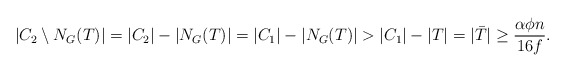
\begin{align*} |C_2 \setminus N_G(T)| = |C_2| - |N_G(T)| = |C_1| - |N_G(T)| > |C_1| - |T| = |\bar{T}| \geq \frac{\alpha \phi n}{16f}.\end{align*}